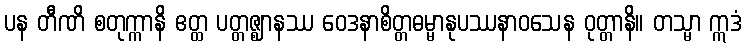
ပန တီဏိ စတုက္ကာနိ ဧတ္ထ ပတ္တဇ္ဈာနဿ ဝေဒနာစိတ္တဓမ္မာနုပဿနာဝသေန ဝုတ္တာနိ။ တသ္မာ ဣဒံ